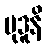
မုဒူနိ